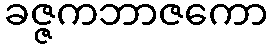
ခဇ္ဇကဘာဇကော